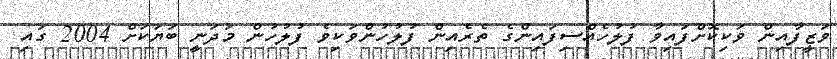
ވަޒީފާއިން ވަކިކޮށްފައިވާ ފުލުހެއްސިފައިންގެ ތެރެއިން ފުލުހުންވަކިވެ ފުލުހުން މަދަނީ ބަޔަކަށް 2004 ގައި